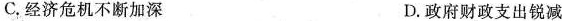
C.经济危机不断加深 D.政府财政支出锐减